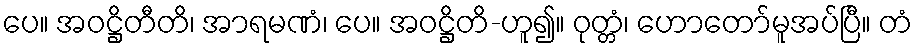
ပေ။ အဝဋ္ဌိတီတိ၊ အာရမဏံ၊ ပေ။ အဝဋ္ဌိတိ-ဟူ၍။ ဝုတ္တံ၊ ဟောတော်မူအပ်ပြီ။ တံ